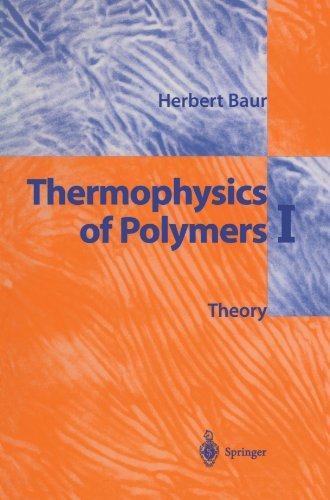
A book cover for Thermophysics of Polymers I: Theory; Herbert Baur; Science & Math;